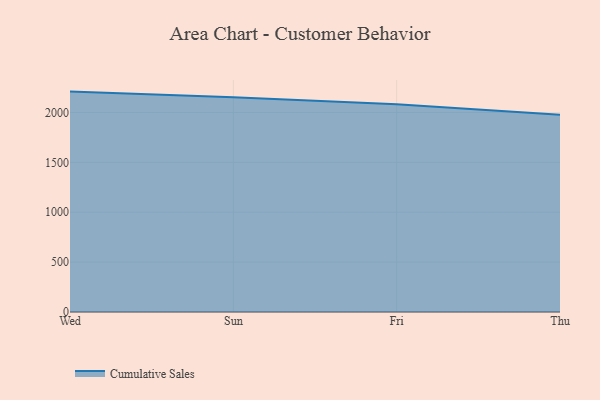
{"axis": {"x": "Day", "y": "Production Output"}, "legend": ["Cumulative Sales"], "data": [{"x": "Wed", "y": 2209.1, "type": "Cumulative Sales"}, {"x": "Sun", "y": 2152.4, "type": "Cumulative Sales"}, {"x": "Fri", "y": 2081.3, "type": "Cumulative Sales"}, {"x": "Thu", "y": 1976.6, "type": "Cumulative Sales"}]}